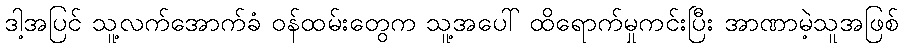
ဒါ့အပြင် သူ့လက်အောက်ခံ ဝန်ထမ်းတွေက သူ့အပေါ် ထိရောက်မှုကင်းပြီး အာဏာမဲ့သူအဖြစ်